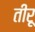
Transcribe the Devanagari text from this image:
तीरू